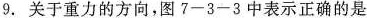
9.关于重力的方向，图7-3-3中表示正确的是